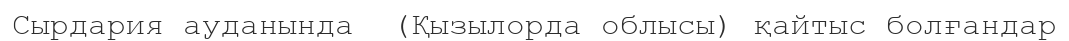
Сырдария ауданында  (Қызылорда облысы) қайтыс болғандар